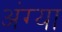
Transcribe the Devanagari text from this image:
अंग्या